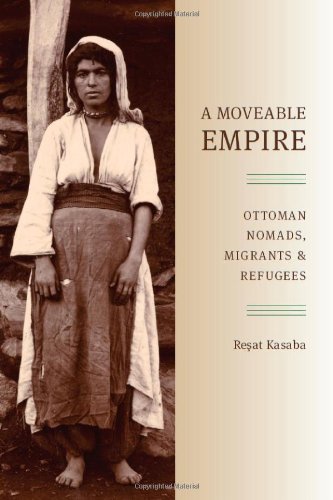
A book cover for A Moveable Empire: Ottoman Nomads, Migrants, and Refugees (Studies in Modernity and National Identity); Resat Kasaba; History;